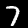
Digit: 7